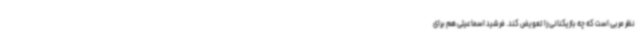
نظر مربی است که چه بازیکنانی را تعویض کند. فرشید اسماعیلی هم برای